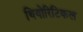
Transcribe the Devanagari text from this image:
थियोरिटिकल